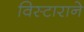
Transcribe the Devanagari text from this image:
विस्टाराने